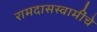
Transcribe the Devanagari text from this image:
रामदासस्वामींचे